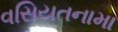
વસિયતનામા